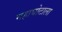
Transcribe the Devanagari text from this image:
महाघोटाला